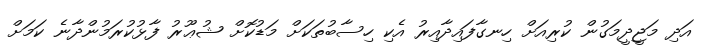
އަދި މަޖީދީމަގުން ކުރިއަށް ހިނގާފައިދާއިރު އެކި ހިސާބުތަކަށް މަޑުކޮށް ޝުޢޫރު ފާޅުކުރަމުންދާނެ ކަމަށް